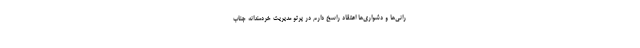
رانی‌ها و دشواری‌ها اعتقاد راسخ دارم در پرتو مدیریت خردمندانه جناب